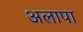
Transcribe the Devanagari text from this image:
अलापा